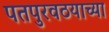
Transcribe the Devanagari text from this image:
पतपुरवठयाच्या